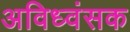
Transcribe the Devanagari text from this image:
अविध्वंसक